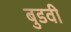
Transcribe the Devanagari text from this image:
बुडवी